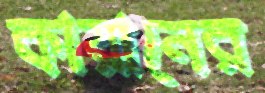
কায়ানের